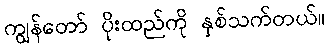
ကျွန်တော် ပိုးထည်ကို နှစ်သက်တယ်။